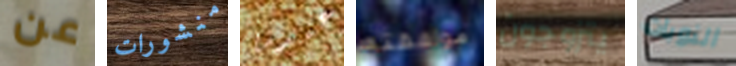
عن منشورات عندما موافقته يتزوجون النوبات